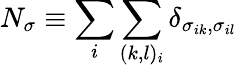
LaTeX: N_{\sigma}\equiv\sum_{i}\sum_{(k,l)_{i}}\delta_{\sigma_{ik},\sigma_{il}}